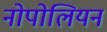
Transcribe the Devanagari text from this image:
नोपोलियन